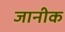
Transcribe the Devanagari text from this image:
जानीक